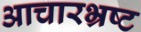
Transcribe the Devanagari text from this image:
आचारभ्रष्ट